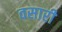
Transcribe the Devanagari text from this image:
वसारी